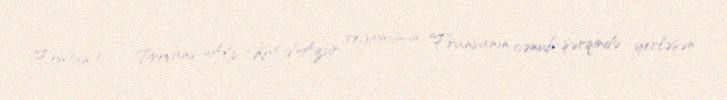
Fontan) — Provans-Alp-Kot-d'Azür regionunun, Fransanın cənub-şərqində yerləşən